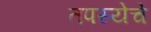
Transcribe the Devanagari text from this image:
तपस्येचे